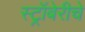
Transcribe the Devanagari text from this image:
स्ट्रॉबेरीचे